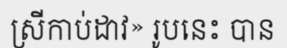
ស្រីកាប់ដាវ» រូបនេះ បាន